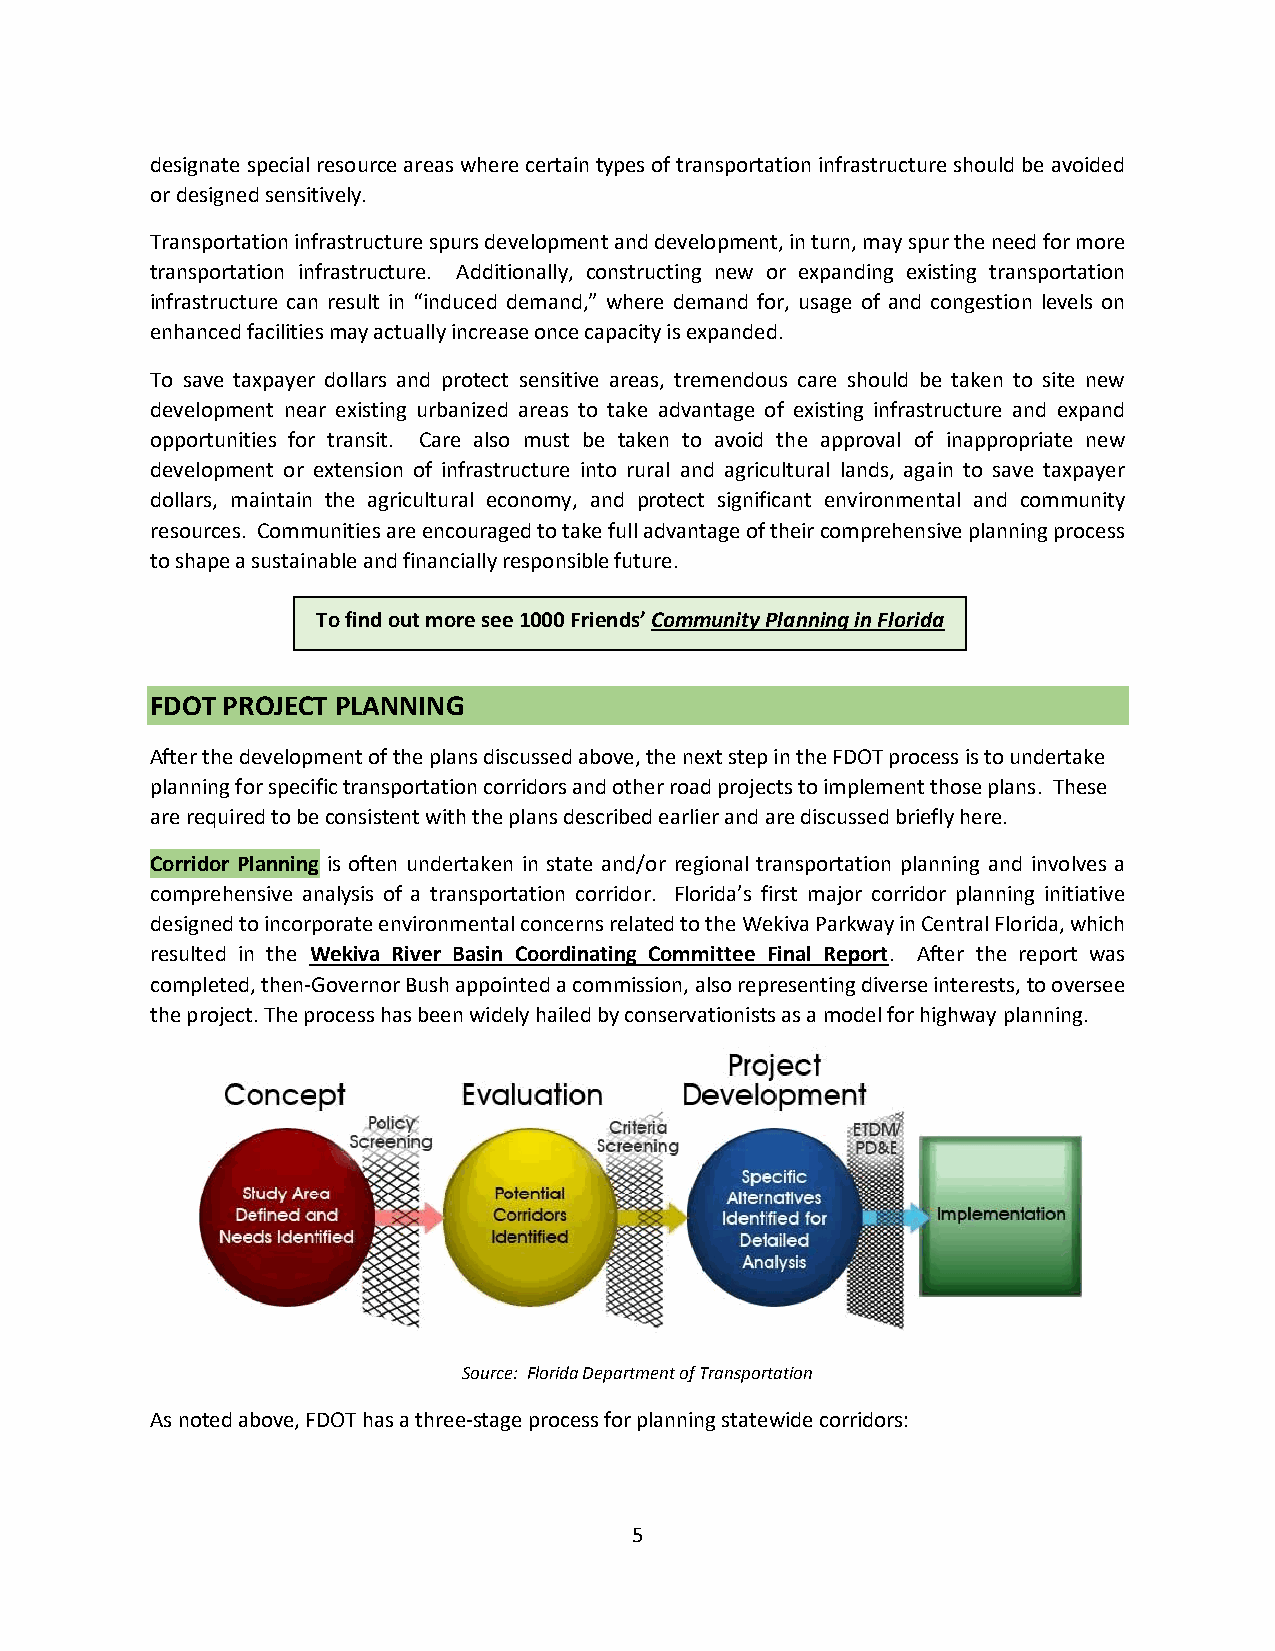
designate special resource areas where certain types of transportation infrastructure should be avoided
 or designed sensitively.
 Transportation infrastructure spurs development and development, in turn, may spur the need for more
 transportation infrastructure. Additionally, constructing new or expanding existing transportation
 infrastructure can result in “induced demand,” where demand for, usage of and congestion levels on
 enhanced facilities may actually increase once capacity is expanded.
 To save taxpayer dollars and protect sensitive areas, tremendous care should be taken to site new
 development near existing urbanized areas to take advantage of existing infrastructure and expand
 opportunities for transit. Care also must be taken to avoid the approval of inappropriate new
 development or extension of infrastructure into rural and agricultural lands, again to save taxpayer
 dollars, maintain the agricultural economy, and protect significant environmental and community
 resources. Communities are encouraged to take full advantage of their comprehensive planning process
 to shape a sustainable and financially responsible future.
 To find out more see 1000 Friends’ Community Planning in Florida
 FDOT PROJECT PLANNING
 After the development of the plans discussed above, the next step in the FDOT process is to undertake
 planning for specific transportation corridors and other road projects to implement those plans. These
 are required to be consistent with the plans described earlier and are discussed briefly here.
 Corridor Planning is often undertaken in state and/or regional transportation planning and involves a
 comprehensive analysis of a transportation corridor. Florida’s first major corridor planning initiative
 designed to incorporate environmental concerns related to the Wekiva Parkway in Central Florida, which
 resulted in the Wekiva River Basin Coordinating Committee Final Report. After the report was
 completed, then-Governor Bush appointed a commission, also representing diverse interests, to oversee
 the project. The process has been widely hailed by conservationists as a model for highway planning.
 Source: Florida Department of Transportation
 As noted above, FDOT has a three-stage process for planning statewide corridors:
 5